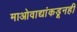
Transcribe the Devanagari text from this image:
माओवाद्यांकडूनही